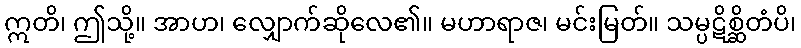
ဣတိ၊ ဤသို့။ အာဟ၊ လျှောက်ဆိုလေ၏။ မဟာရာဇ၊ မင်းမြတ်။ သမ္ပဋိစ္ဆိတံပိ၊